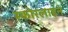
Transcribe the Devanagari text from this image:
स्कोरलाइन